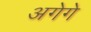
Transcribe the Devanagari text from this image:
अगेगे